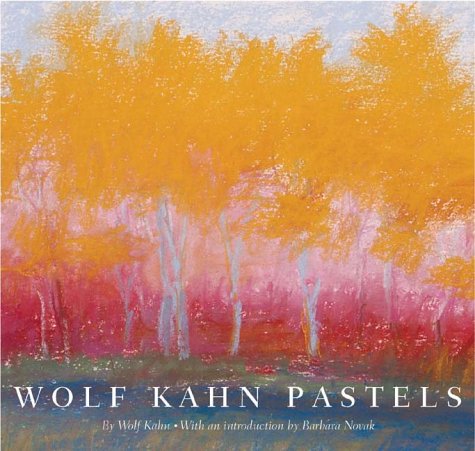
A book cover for Wolf Kahn: Pastels; Wolf Kahn; Arts & Photography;